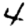
Digit: 4